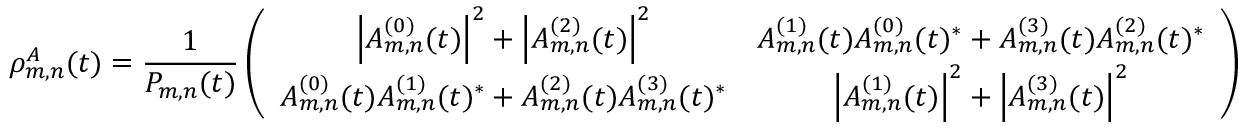
\rho _ { m , n } ^ { A } ( t ) = \frac { 1 } { P _ { m , n } ( t ) } \left( \begin{array} { c c } { \left| A _ { m , n } ^ { ( 0 ) } ( t ) \right| ^ { 2 } + \left| A _ { m , n } ^ { ( 2 ) } ( t ) \right| ^ { 2 } } & { A _ { m , n } ^ { ( 1 ) } ( t ) A _ { m , n } ^ { ( 0 ) } ( t ) ^ { * } + A _ { m , n } ^ { ( 3 ) } ( t ) A _ { m , n } ^ { ( 2 ) } ( t ) ^ { * } } \\ { A _ { m , n } ^ { ( 0 ) } ( t ) A _ { m , n } ^ { ( 1 ) } ( t ) ^ { * } + A _ { m , n } ^ { ( 2 ) } ( t ) A _ { m , n } ^ { ( 3 ) } ( t ) ^ { * } } & { \left| A _ { m , n } ^ { ( 1 ) } ( t ) \right| ^ { 2 } + \left| A _ { m , n } ^ { ( 3 ) } ( t ) \right| ^ { 2 } } \end{array} \right)